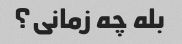
بله چه زمانی؟